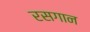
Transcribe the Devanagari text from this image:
रसगान